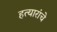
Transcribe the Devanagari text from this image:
हत्यारांचे